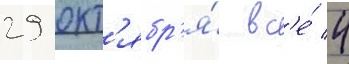
29 окт'ябр'я́ вс'е́ 4